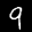
Label: 9